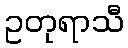
ဥတုရာသီ